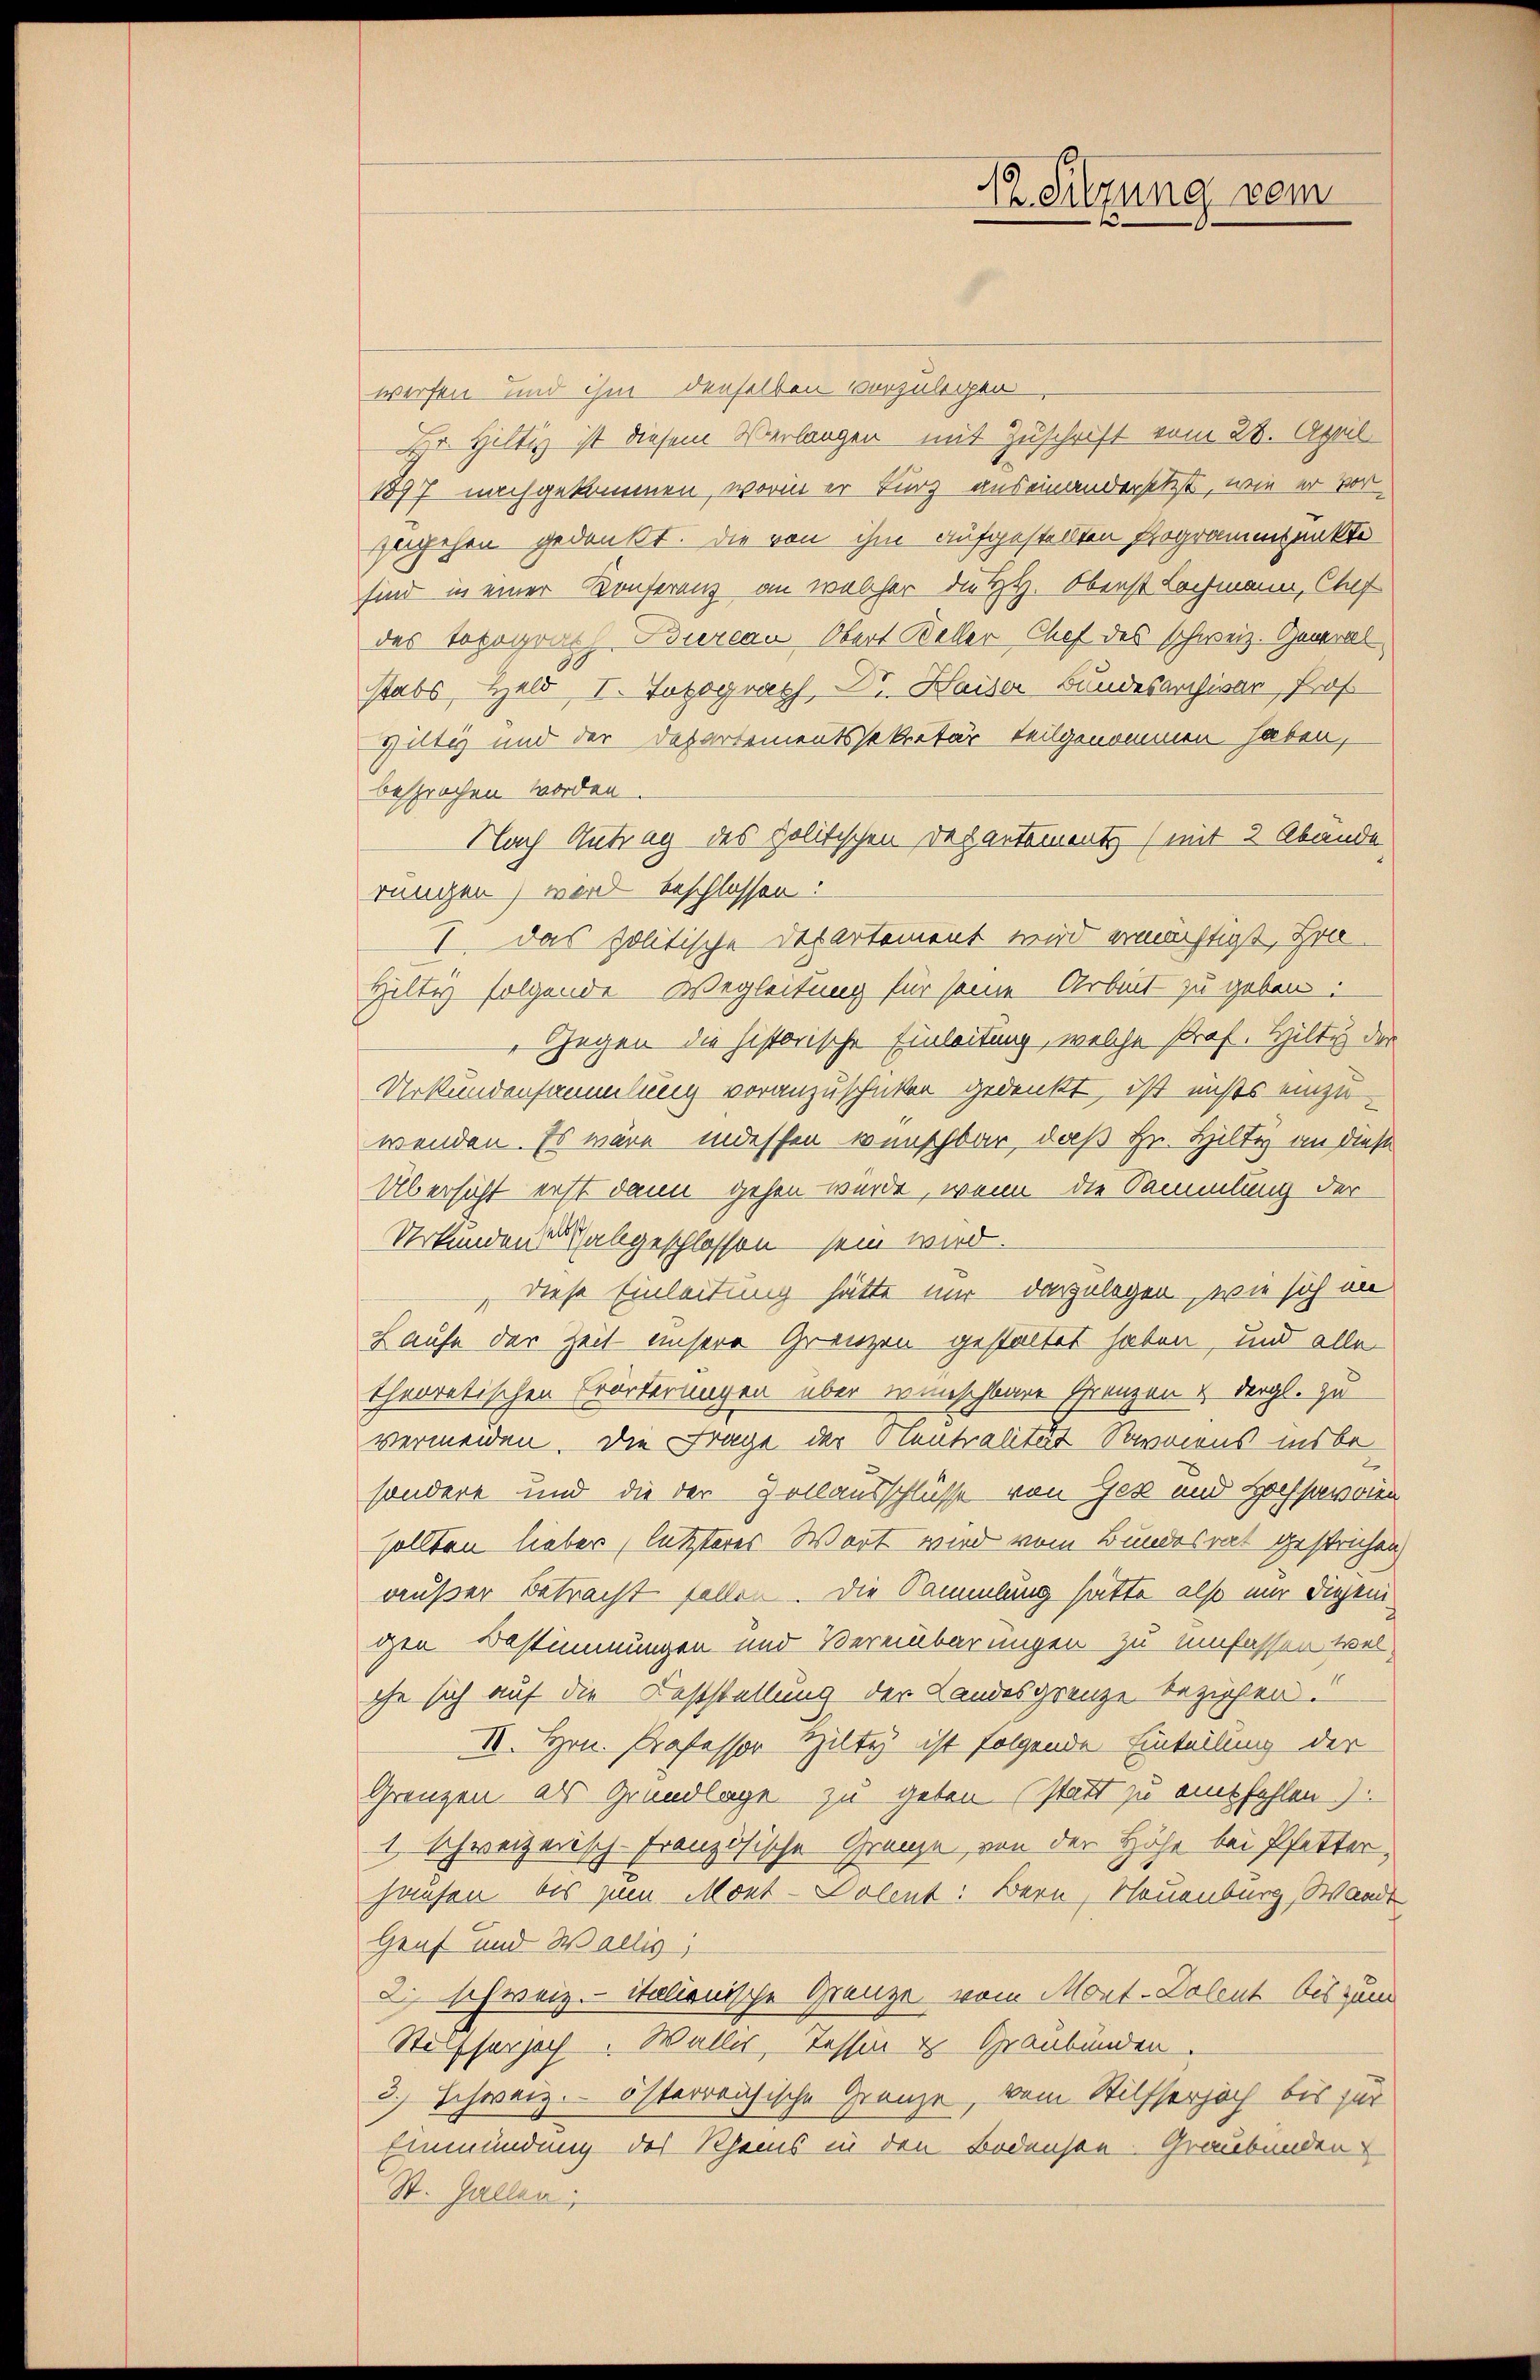
12. Sitzung vom
t

werfen und ihm denselben vorzulegen,
Dr. Hiltig ist diesem Verlangen mit Zuschrift vom 28. April
1897 nachgekommen, worin er kurz auseinandersetzt, wie er vorzugehen gedankt. Die von ihm aufgestellten Programmpunkte
sind in einer Konferenz an welcher die HH. Oberst Lochmann, Chef
des Topograth Bureau Obert Keller Chef des schweiz. General
stabs, Held, I. Fotograph Dr. Haiser Bundesarchivar, Prof.
Hiltig und der Departementssekretär teilgenommen haben,
besprochen worden.
Nach Antrag des politischen Departemente (mit 2 Abende
rungen) wird beschlossen:
I. Das politische Departement wird ermächtigt, Hrn
Hilty folgende Wegleitung für seine Arbeit zu geben:
„Gegen die historische Einleitung, welche Prof. Hiltig der
Urkundensammlung voranzuschickten gedenkt, ist nichts einzuwenden. Es wäre indessen wünschbar, daß Hr. Hilty an diese
Übersicht erst dann gehen wurde, wenn die Sammlung der
Urkunden der abgeschlossen sein wird.
diese Einleitung hätte mir darzulegen, wie sich in
Haufe der Zeit unsere Grenzen gestaltet haben, und alle
theoretischen Erörterungen über wünschbare Grenzen & dergl. zu
vermeiden. Die Frage der Neutralität Sowarens insbe
sondere und die der Zollausschlüsse von Jes und Hochsavaien
sollten lieber letzteres Wort wird vom Bundesrat gestrichen
außer Betracht fallen. Die Sammlung hätte also nur diejenigen Bestimmungen und Vereinbarungen zu umfassen welche sich auf die Feststellung der Landesgrenze beziehen.
II. Hrn. Professor Hilty ist folgende Einteilung der
Grenzen, als Grundlage zu geben (statt zu empfehlen.)
1 schweizerisch-Französische Grenze von der Höhe bei Pfetter,
hausen, bis zum Mont-Dolent: Bern, Neuenburg, Waadt
Genf und Wallis,
die schweiz.- italienische Grenze vom Mont. Dolent bis zum
Stösserzoch. Walles, Tessin u Graubünden.
2.) Schweiz. österreichische Grenze, vom Stilfserjoch bis für
Einmündung des Rheins in den Bodensen Graubünden
St. Gallen;